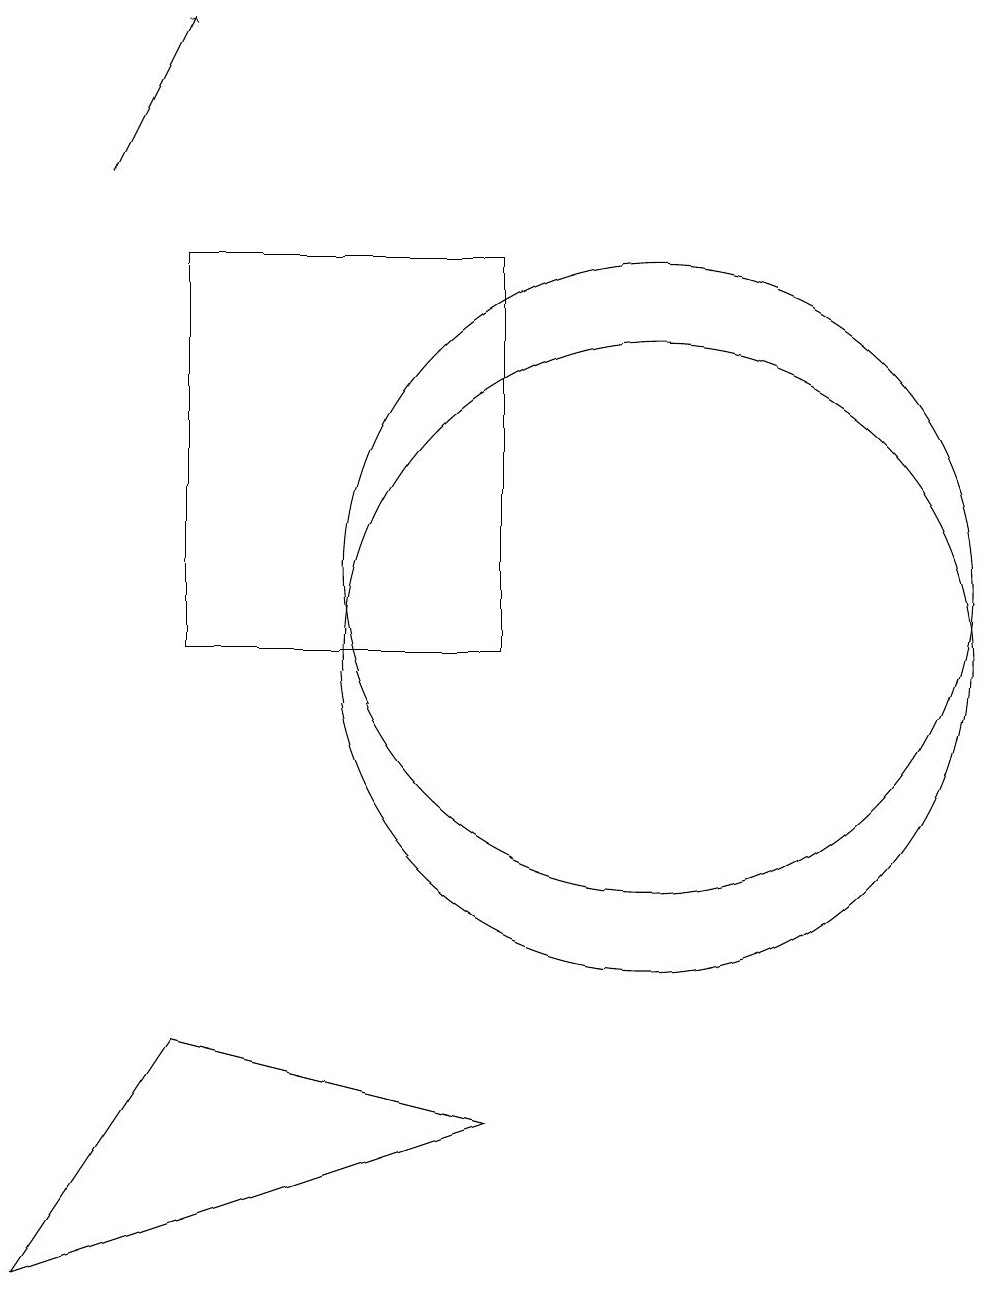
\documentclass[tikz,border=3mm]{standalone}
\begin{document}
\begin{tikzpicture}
\draw (10,12) circle (4);
\draw (8,5) -- (4,6) -- (2,3) -- cycle;
\draw (10,11) circle (4);
\draw (8,11) rectangle (4,16);
\draw[->] (3,17) -- (4,19);
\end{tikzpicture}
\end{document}